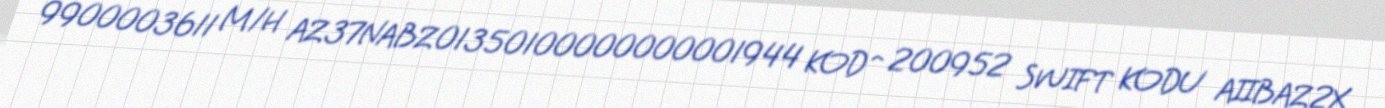
9900003611 M/H AZ37NABZ01350100000000001944 KOD^ 200952 SWIFT KODU AIIBAZ2X